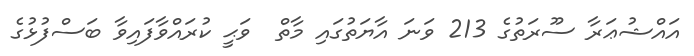
އައްޝުޢަރާ ސޫރަތުގެ 213 ވަނަ އާޔަތުގައި މާތް  ވަޙީ ކުރައްވާފައިވާ ބަސްފުޅުގެ